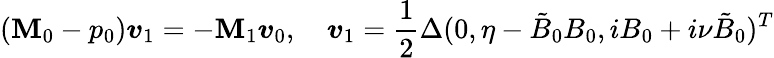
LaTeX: (\mathbf{M}_{0}-p_{0})\boldsymbol{v}_{1}=-\mathbf{M}_{1}\boldsymbol{v}_{0},\quad\boldsymbol{v}_{1}=\frac{{1}}{{2}}\Delta(0,\eta-\tilde{{B}}_{0}B_{0},iB_{0}+i\nu\tilde{{B}}_{0})^{T}